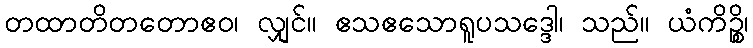
တထာတိတတောဧဝ၊ လျှင်။ ဧသဧသောရူပသဒ္ဒေါ၊ သည်။ ယံကိဉ္စိ၊